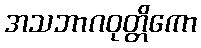
အသဘာဂဝုတ္တိကော